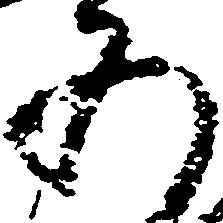
五